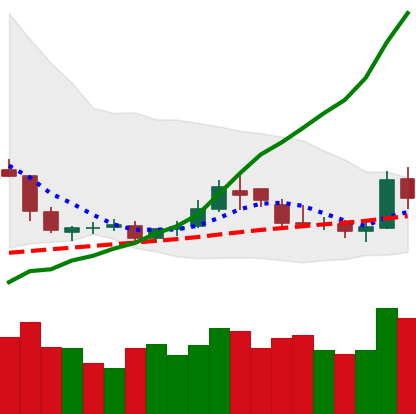
Ticker: DOGE-USD
Chart end date: 2019-05-12
Forward return: 11.144%
Label: up_7plus